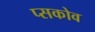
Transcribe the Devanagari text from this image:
प्सकोव